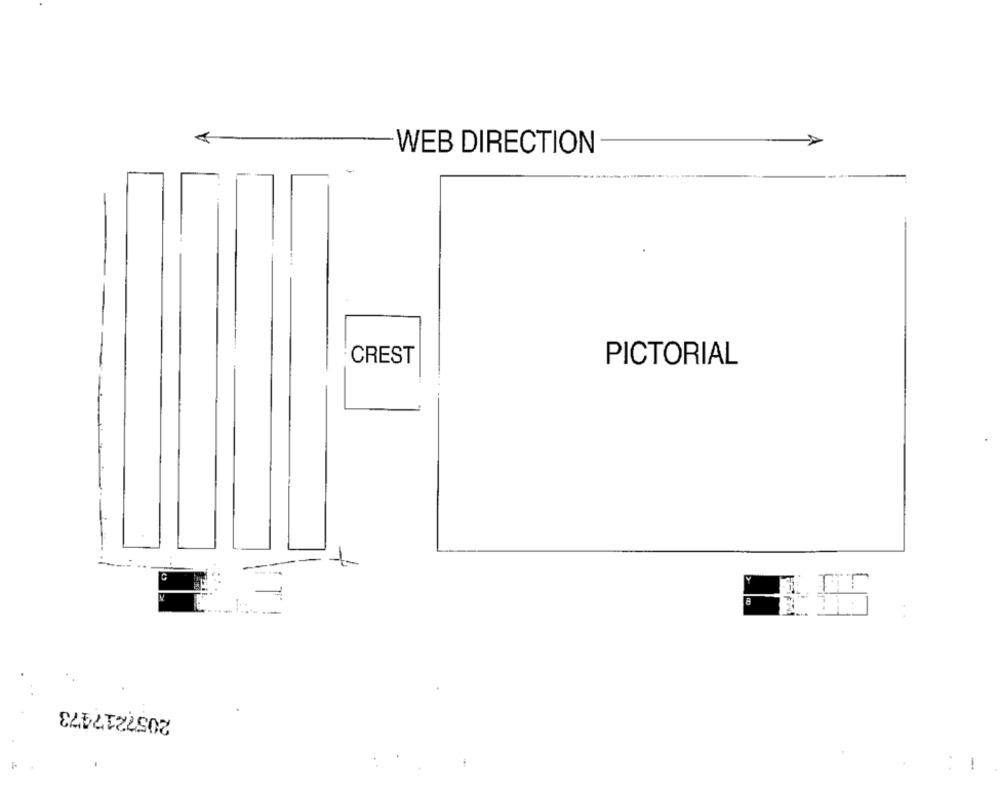
WEB DIRECTION
CREST
PICTORIAL
2057217473
!